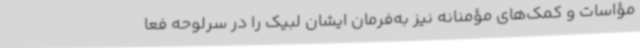
مؤاسات و کمک‌های مؤمنانه نیز به‌فرمان ایشان لبیک را در سرلوحه فعا